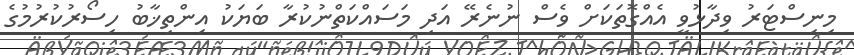
މިނިސްޓަރު ވިދާޅުވީ އެއްގޮތަކަށް ވެސް ނުނެރޭ އަދި މަސައްކަތްނުކުރާ ބަޔަކު އިންތިޚާބު ހިސޯރުކުރުމުގެ